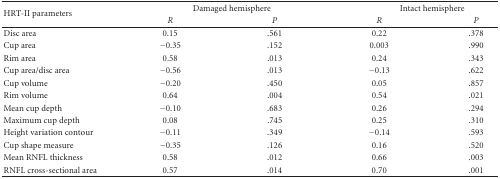
| <ROWSPAN=2> HRT-II parameters | <COLSPAN=2> Damaged hemisphere | <COLSPAN=2> Intact hemisphere |
 | R | P | R | P |
 | --- | --- | --- | --- | --- |
 | Disc area | 0.15 | .561 | 0.22 | .378 |
 | Cup area | −0.35 | .152 | 0.003 | .990 |
 | Rim area | 0.58 | .013 | 0.24 | .343 |
 | Cup area/disc area | −0.56 | .013 | −0.13 | .622 |
 | Cup volume | −0.20 | .450 | 0.05 | .857 |
 | Rim volume | 0.64 | .004 | 0.54 | .021 |
 | Mean cup depth | −0.10 | .683 | 0.26 | .294 |
 | Maximum cup depth | 0.08 | .745 | 0.25 | .310 |
 | Height variation contour | −0.11 | .349 | −0.14 | .593 |
 | Cup shape measure | −0.35 | .126 | 0.16 | .520 |
 | Mean RNFL thickness | 0.58 | .012 | 0.66 | .003 |
 | RNFL cross-sectional area | 0.57 | .014 | 0.70 | .001 |